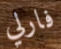
فارلي